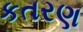
કતરણ